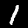
Label: 1